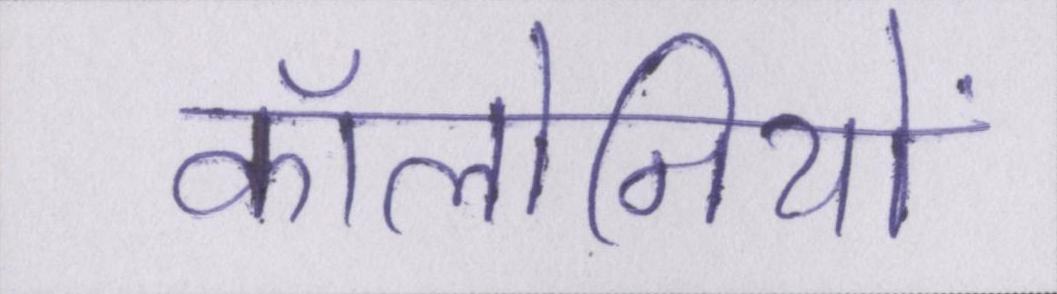
कॉलोनियों